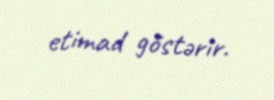
etimad göstərir.